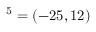
{ \v O } ^ { 5 } = ( - 2 5 , 1 2 )